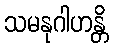
သမနုဂါဟန္တိ